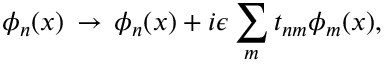
\phi _ { n } ( x ) \, \rightarrow \, \phi _ { n } ( x ) + i \epsilon \sum _ { m } t _ { n m } \phi _ { m } ( x ) ,